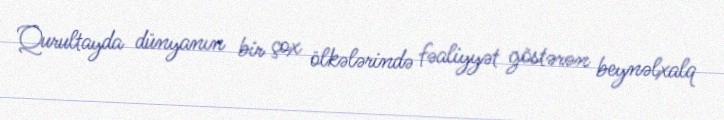
Qurultayda dünyanın bir çox ölkələrində fəaliyyət göstərən beynəlxalq